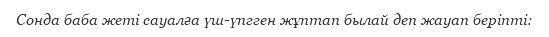
Сонда баба жеті сауалға үш-үпгген жұптап былай деп жауап беріпті: